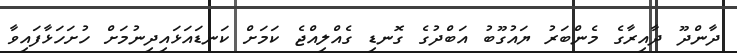
ދާންދޫ ދާއިރާގެ މެންބަރު ޔައުގޫބު އަބްދުގެ ގޮނޑި ގެއްލިއްޖެ ކަމަށް ކަނޑައަޅައިދިނުމަށް ހުށަހަޅާފައިވާ